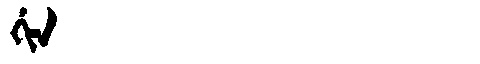
Manchu: ᡤᡳᠨ
Romanization: GIN